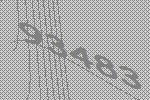
93483